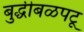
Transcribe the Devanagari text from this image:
बुद्धीबळपटू